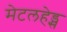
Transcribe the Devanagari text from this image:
मेटलहेड्स